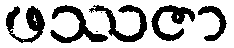
ဖဿဇာ